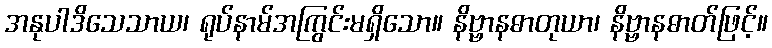
အနုပါဒိသေသာယ၊ ရုပ်နာမ်အကြွင်းမရှိသော။ နိဗ္ဗာနဓာတုယာ၊ နိဗ္ဗာနဓာတ်ဖြင့်။